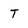
Character: T